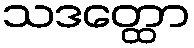
သဒတ္ထော